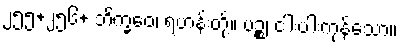
၂၅၅+၂၅၆+ ဘိက္ခဝေ၊ ရဟန်းတို့။ ပဉ္စ၊ ငါးပါးကုန်သော။